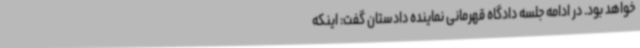
خواهد بود. در ادامه جلسه دادگاه قهرمانی نماینده دادستان گفت: اینکه